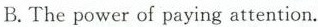
B.The power of paying attention.